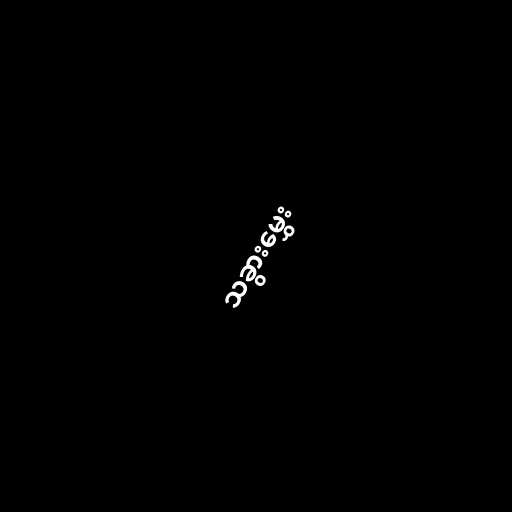
သခွားမွှေး